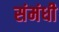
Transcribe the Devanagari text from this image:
संमंधी